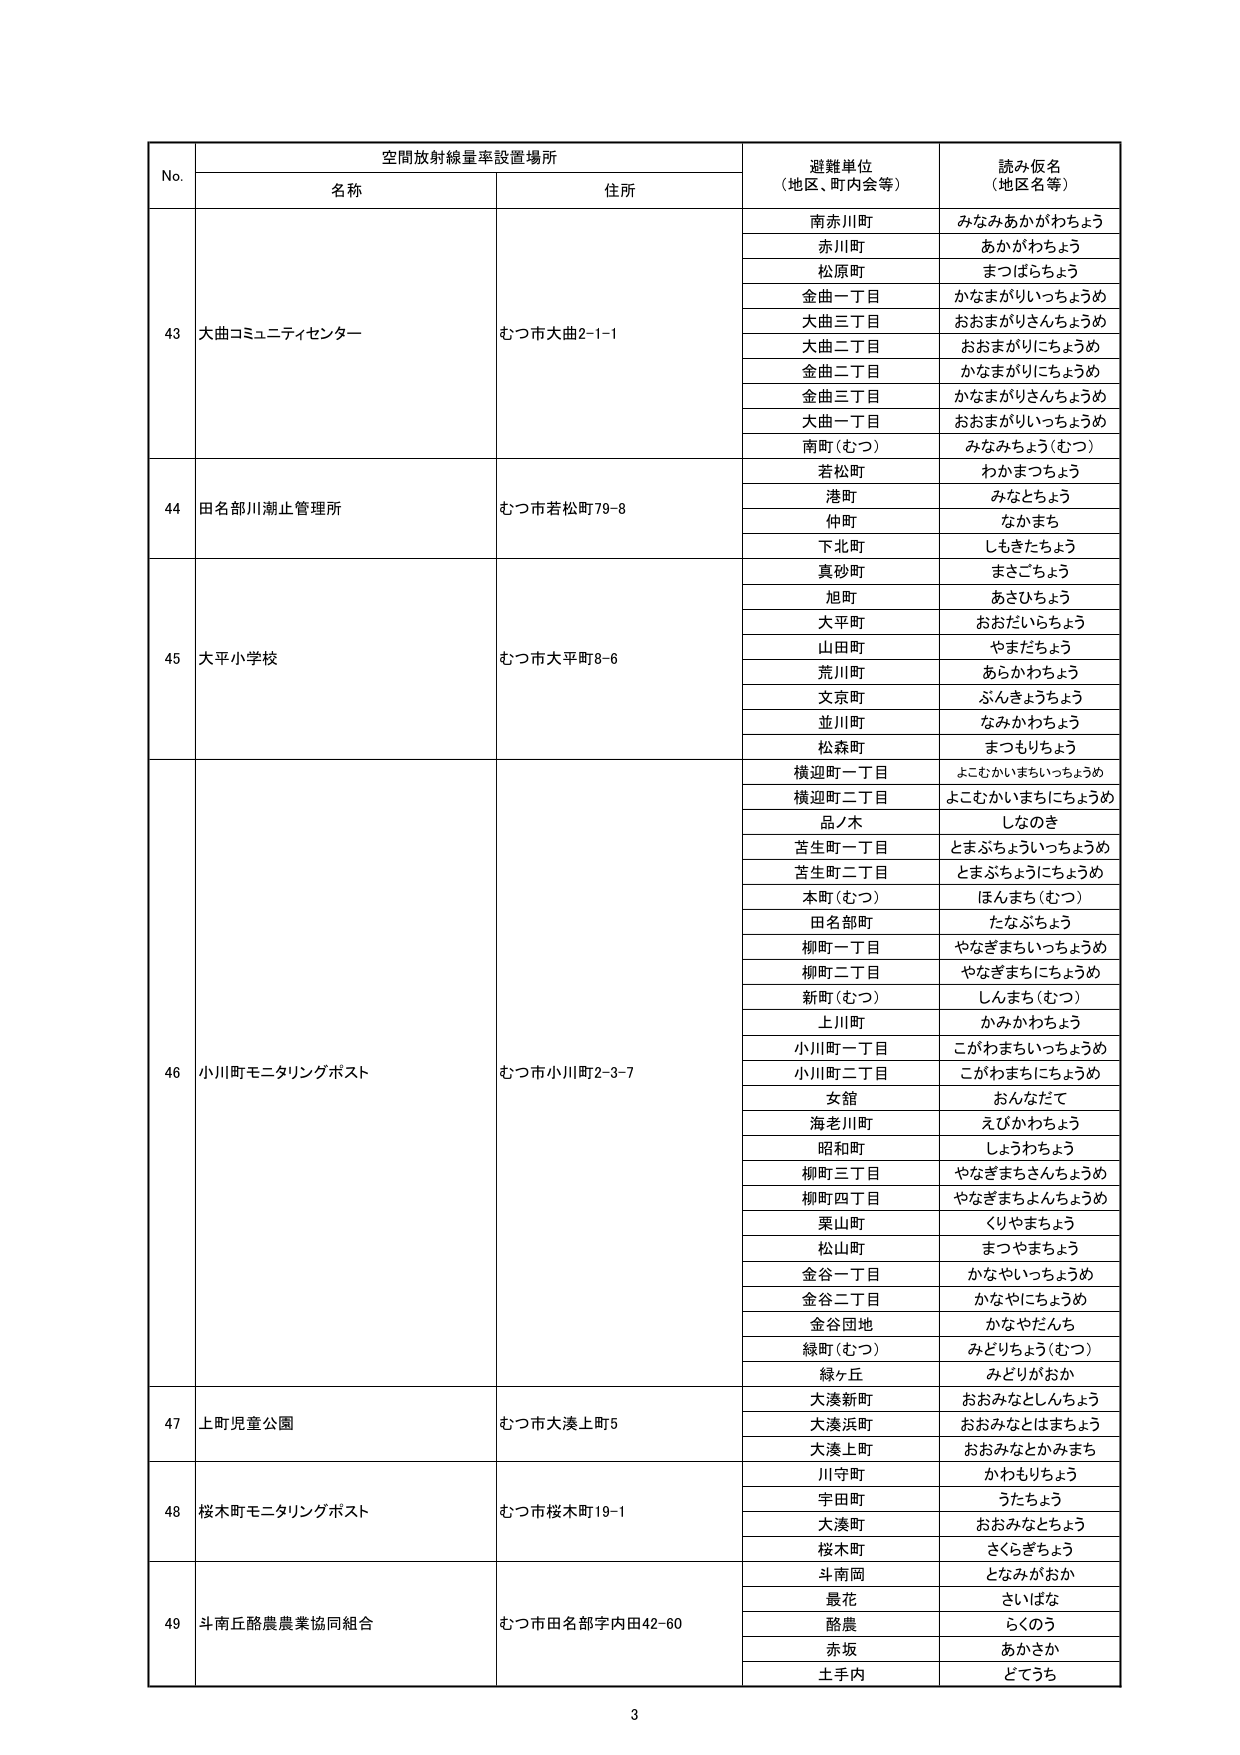
No. 空間放射線量率設置場所 避難単位（地区、町内会等） 読み仮名（地区名等）
名称 住所
43 大曲コミュニティセンター むつ市大曲2-1-1 南赤川町 みなみあかがわちょう
赤川町 あかがわちょう
松原町 まつばらちょう
金曲一丁目 かなまがりいっちょうめ
大曲三丁目 おおまがりさんちょうめ
大曲二丁目 おおまがりにちょうめ
金曲二丁目 かなまがりにちょうめ
金曲三丁目 かなまがりさんちょうめ
大曲一丁目 おおまがりいっちょうめ
南町（むつ） みなみちょう（むつ）
44 田名部川潮止管理所 むつ市若松町79-8 若松町 わかまつちょう
港町 みなとちょう
仲町 なかまち
下北町 しもきたちょう
45 大平小学校 むつ市大平町8-6 真砂町 まさごちょう
旭町 あさひちょう
大平町 おおだいらちょう
山田町 やまだちょう
荒川町 あらかわちょう
文京町 ぶんきょうちょう
並川町 なみかわちょう
松森町 まつもりちょう
46 小川町モニタリングポスト むつ市小川町2-3-7 横迎町一丁目 よこむかいまちいっちょうめ
横迎町二丁目 よこむかいまちにちょうめ
品ノ木 しなのき
苫生町一丁目 とまぶちょういっちょうめ
苫生町二丁目 とまぶちょうにちょうめ
本町（むつ） ほんまち（むつ）
田名部町 たなぶちょう
柳町一丁目 やなぎまちいっちょうめ
柳町二丁目 やなぎまちにちょうめ
新町（むつ） しんまち（むつ）
上川町 かみかわちょう
小川町一丁目 こがわまちいっちょうめ
小川町二丁目 こがわまちにちょうめ
女館 おんなだて
海老川町 えびかわちょう
昭和町 しょうわちょう
柳町三丁目 やなぎまちさんちょうめ
柳町四丁目 やなぎまちよんちょうめ
栗山町 くりやまちょう
松山町 まつやまちょう
金谷一丁目 かなやいっちょうめ
金谷二丁目 かなやにちょうめ
金谷団地 かなやだんち
緑町（むつ） みどりちょう（むつ）
緑ヶ丘 みどりがおか
47 上町児童公園 むつ市大湊上町5 大湊新町 おおみなとしんちょう
大湊浜町 おおみなとはまちょう
大湊上町 おおみなとかみまち
48 桜木町モニタリングポスト むつ市桜木町19-1 川守町 かわもりちょう
宇田町 うたちょう
大湊町 おおみなとちょう
桜木町 さくらぎちょう
49 斗南丘酪農農業協同組合 むつ市田名部字内田42-60 斗南岡 となみがおか
最花 さいはな
酪農 らくのう
赤坂 あかさか
土手内 どてうち
3